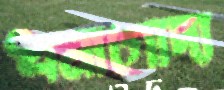
ধনাগোদা